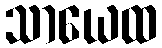
သာယေထ